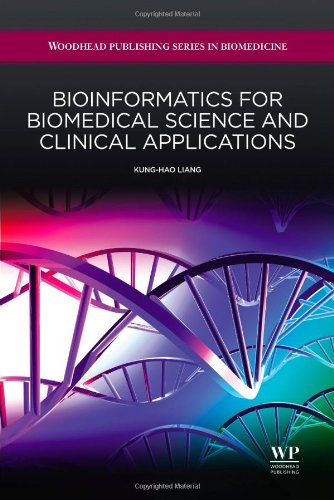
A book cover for Bioinformatics for Biomedical Science and Clinical Applications (Woodhead Publishing Series in Biomedicine); K-H Liang; Business & Money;